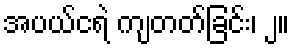
အပယ်ငရဲ ကျတတ်ခြင်း၊ ၂။